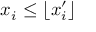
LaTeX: x _ { i } \leq \left\lfloor x _ { i } ^ { \prime } \right\rfloor